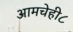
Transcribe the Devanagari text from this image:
आमचेही८